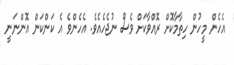
އެހެން މީހުން ހިތާމާކޮށް ރޮއްވާކަށް ވެސް ނުޖެހެއެވެ. އެހެންވެ އެ ކަންކަން އޮންނަނީ